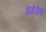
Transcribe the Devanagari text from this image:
अमेरीक